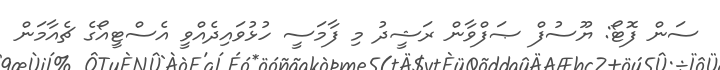
ސަން ފޮޓޯ: ޔޫސުފް ޞަފްވާން ރަޝީދު މި ފާމަސީ ހުޅުވައިދެއްވީ އެސްޓީއޯގެ ޗެއާމަން